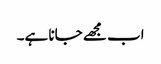
اب مجھے جانا ہے۔